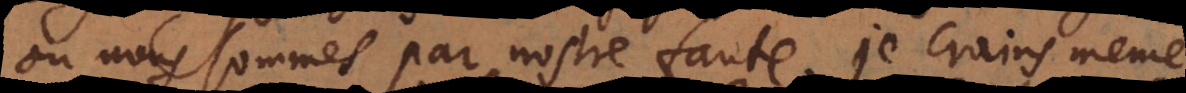
où nous sommes par nostre faute. Je crains même